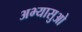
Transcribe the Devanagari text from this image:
अभ्यासुओ